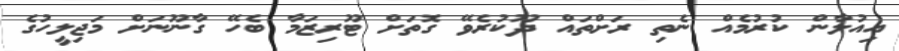
އިއުލާން ކުރުމެއް ނެތި ރަށްތައް ދޫކުރެވޭ ގޮތަށް ޓޫރިޒަމާ ބެހޭ ގާނޫނަށް މަޖިލީހުގެ